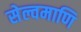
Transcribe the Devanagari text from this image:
सेल्वमाणि